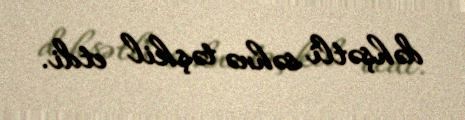
dəhşətli səhnə təşkil etdi.